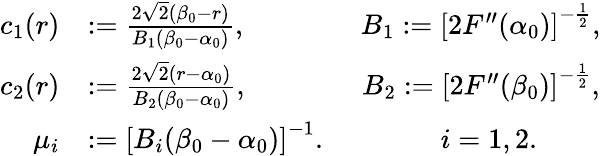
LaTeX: \begin{array}{rl}{c_{1}(r)}&{:=\frac{2\sqrt 2(\beta_{0}-r)}{B_{1}(\beta_{0}-\alpha_{0})},\qquad\qquad B_{1}:=\left[2F^{\prime\prime}(\alpha_{0})\right]^{-\frac 12},}\\ {c_{2}(r)}&{:=\frac{2\sqrt 2(r-\alpha_{0})}{B_{2}(\beta_{0}-\alpha_{0})},\qquad\qquad B_{2}:=\left[2F^{\prime\prime}(\beta_{0})\right]^{-\frac 12},}\\ {\mu_{i}}&{:=\left[B_{i}(\beta_{0}-\alpha_{0})\right]^{-1}.\qquad\qquad i=1,2.}\end{array}